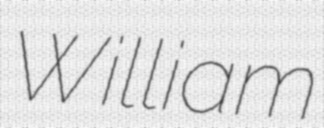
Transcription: William